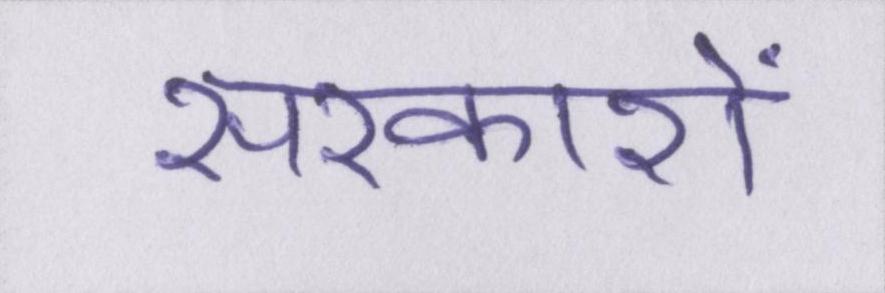
सरकारों